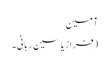
آمین
(فراز یاسین ربانی۔